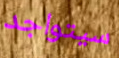
سيتواجد